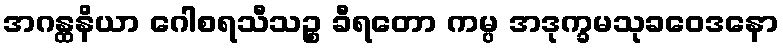
အဂန္ထနိယာ ဂေါစရသီသဉ္စ ခီရတော ကမ္ပ အဒုက္ခမသုခဝေဒနော